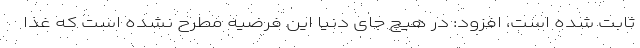
ثابت شده است، افزود: در هیچ جای دنیا این فرضیه مطرح نشده است که غذا